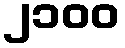
၂၁၀၀